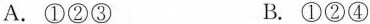
A.①②③ B.①②④